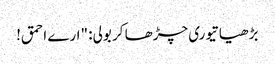
بڑھیا تیوری چڑھا کر بولی: "ارے احمق!